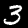
Digit: 3